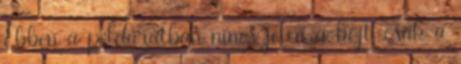
Ebben a példázatban nincs jelen a böjt, csak a